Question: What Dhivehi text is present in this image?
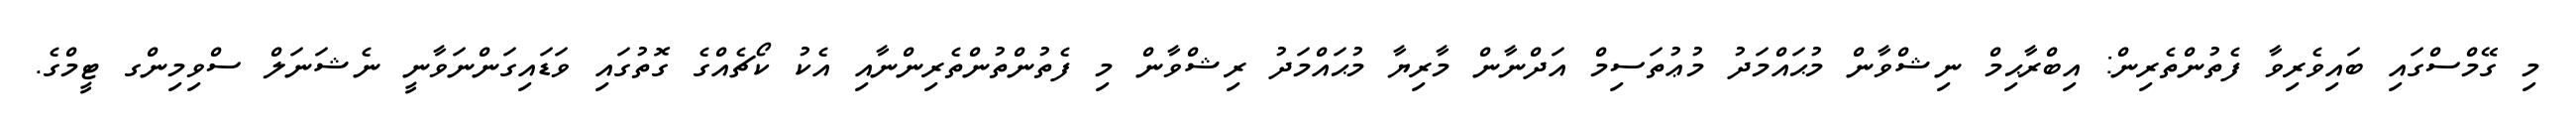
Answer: މި ގޭމްސްގައި ބައިވެރިވާ ފެތުންތެރިން: އިބްރާޙިމް ނިޝްވާން މުޙައްމަދު މުޢުތަސިމް އަދްނާން މާރިޔާ މުޙައްމަދު ރިޝްވާން މި ފެތުންތުންތެރިންނާއި އެކު ކޯޗެއްގެ ގޮތުގައި ވަޑައިގަންނަވާނީ ނެޝަނަލް ސްވިމިންގ ޓީމްގެ.